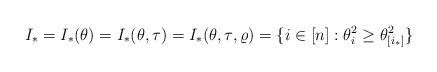
LaTeX: \begin{align*}I_*=I_*(\theta)=I_*(\theta,\tau)=I_*(\theta, \tau,\varrho)= \{i\in[n]: \theta_i^2 \ge\theta_{[i_*]}^2 \}\end{align*}